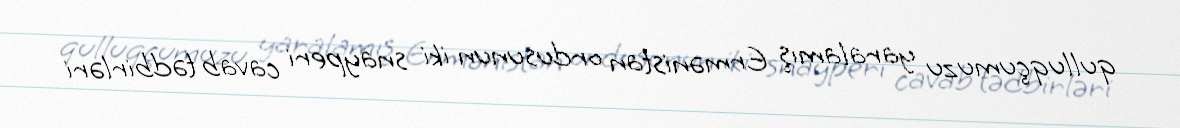
qulluqçumuzu yaralamış Ermənistan ordusunun iki snayperi cavab tədbirləri